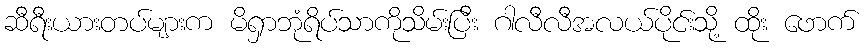
ဆီရီးယားတပ်များက မိရှာဘုံရိပ်သာကိုသိမ်းပြီး ဂါလီလီအလယ်ပိုင်းသို့ ထိုး ဖောက်